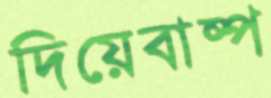
দিয়েবাষ্প